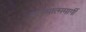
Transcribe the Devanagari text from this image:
अध्यात्ममार्गी